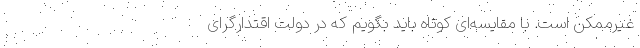
غیرممکن است. با مقایسه‌ای کوتاه باید بگویم که در دولت اقتدارگرای